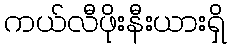
ကယ်လီဖိုးနီးယားရှိ